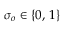
\sigma _ { o } \in \{ 0 , \, 1 \}